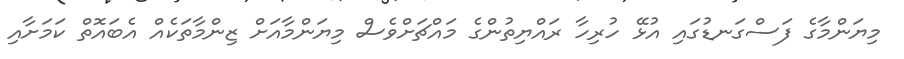
މިޔަންމާގެ ފަސްގަނޑުގައި އުޅޭ ހުރިހާ ރައްޔިތުންގެ މައްޗަށްވެސް މިޔަންމާއަށް ޒިންމާތަކެއް އެބައޮތް ކަމަށާއި